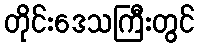
တိုင်းဒေသကြီးတွင်